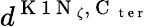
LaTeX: d^{\mathrm{~K~1~N~}_{\zeta},\mathrm{~C~}_{\mathrm{~t~e~r~}}}